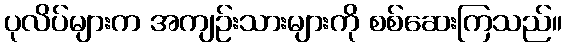
ပုလိပ်များက အကျဉ်းသားများကို စစ်ဆေးကြသည်။